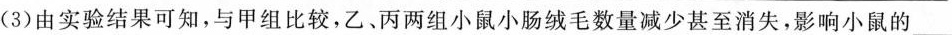
(3)由实验结果可知，与甲组比较，乙、丙两组小鼠小肠绒毛数量减少甚至消失，影响小鼠的